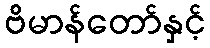
ဗိမာန်တော်နှင့်